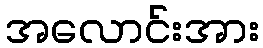
အလောင်းအား